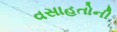
વસાહતોની